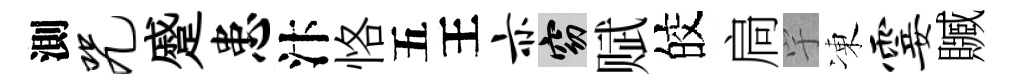
測咒蹙患汴恪五王亦窈赋皎扃宇凍霎贓